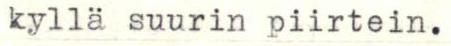
kyllä suurin piirtein.